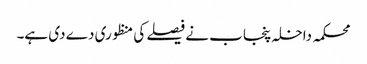
محکمہ داخلہ پنجاب نے فیصلے کی منظوری دے دی ہے۔